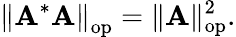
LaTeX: \left\| \mathbf{A}^{*}\mathbf{A}\right\| _{\mathrm{{op}}}=\| \mathbf{A}\| _{\mathrm{{op}}}^{2}.